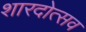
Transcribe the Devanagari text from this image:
शारदोत्सव